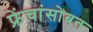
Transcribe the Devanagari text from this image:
फ्रेंचांसोबत